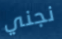
نجني